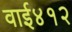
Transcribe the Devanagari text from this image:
वाई४१२